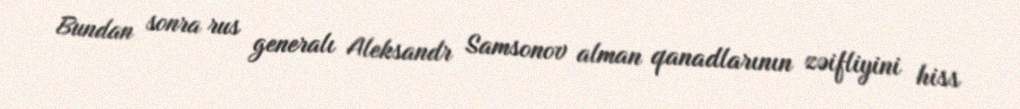
Bundan sonra rus generalı Aleksandr Samsonov alman qanadlarının zəifliyini hiss